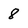
Character: 8